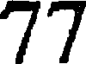
77